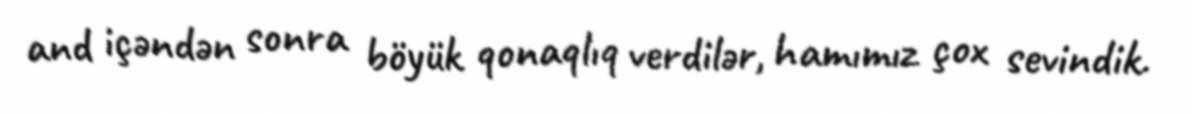
and içəndən sonra böyük qonaqlıq verdilər, hamımız çox sevindik.